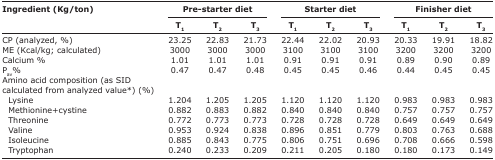
| <ROWSPAN=3> Ingredient (Kg/ton) | <COLSPAN=3> Pre-starter diet | <COLSPAN=3> Starter diet | <COLSPAN=3> Finisher diet |
 | T1 | T2 | T3 | T1 | T2 | T3 | T1 | T2 | T3 |
 | --- | --- | --- | --- | --- | --- | --- | --- | --- | --- |
 | CP (analyzed, %) | 23.25 | 22.83 | 21.73 | 22.44 | 22.02 | 20.93 | 20.33 | 19.91 | 18.82 |
 | ME (Kcal/kg; calculated) | 3000 | 3000 | 3000 | 3100 | 3100 | 3100 | 3200 | 3200 | 3200 |
 | Calcium % | 1.01 | 1.01 | 1.01 | 0.91 | 0.91 | 0.91 | 0.89 | 0.90 | 0.89 |
 | Pav% | 0.47 | 0.47 | 0.48 | 0.45 | 0.45 | 0.46 | 0.44 | 0.45 | 0.45 |
 | Amino acid composition (as SID calculated from analyzed value*) (%) |  |  |  |  |  |  |  |  |  |
 | Lysine | 1.204 | 1.205 | 1.205 | 1.120 | 1.120 | 1.120 | 0.983 | 0.983 | 0.983 |
 | Methionine+cystine | 0.882 | 0.883 | 0.882 | 0.840 | 0.840 | 0.840 | 0.757 | 0.757 | 0.757 |
 | Threonine | 0.772 | 0.773 | 0.773 | 0.728 | 0.728 | 0.728 | 0.649 | 0.649 | 0.649 |
 | Valine | 0.953 | 0.924 | 0.838 | 0.896 | 0.851 | 0.779 | 0.803 | 0.763 | 0.688 |
 | Isoleucine | 0.885 | 0.843 | 0.775 | 0.806 | 0.751 | 0.696 | 0.708 | 0.666 | 0.598 |
 | Tryptophan | 0.240 | 0.233 | 0.209 | 0.211 | 0.205 | 0.180 | 0.180 | 0.173 | 0.149 |